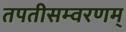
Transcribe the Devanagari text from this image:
तपतीसम्वरणम्